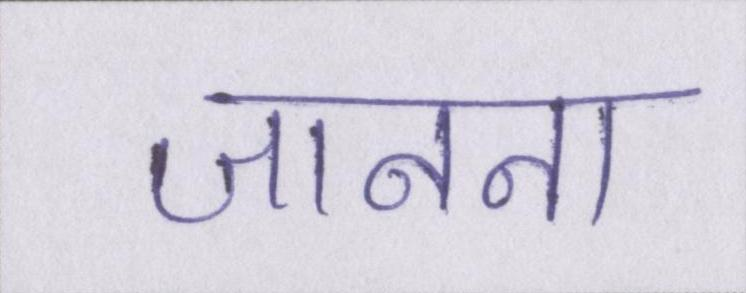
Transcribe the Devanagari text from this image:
जानना